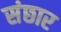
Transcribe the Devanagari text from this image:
संछार